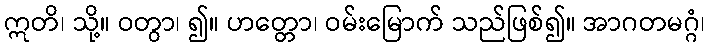
ဣတိ၊ သို့။ ဝတွာ၊ ၍။ ဟတ္တော၊ ဝမ်းမြောက် သည်ဖြစ်၍။ အာဂတမဂ္ဂံ၊